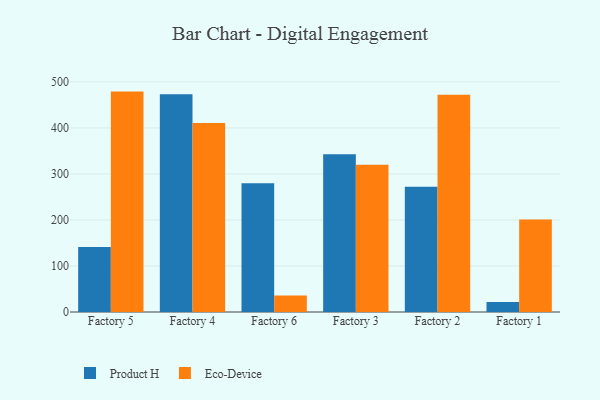
{"axis": {"x": "Factory", "y": "Demand Index"}, "legend": ["Eco-Device", "Product H"], "data": [{"x": "Factory 5", "y": 141.0, "type": "Product H"}, {"x": "Factory 5", "y": 478.9, "type": "Eco-Device"}, {"x": "Factory 4", "y": 473.4, "type": "Product H"}, {"x": "Factory 4", "y": 410.9, "type": "Eco-Device"}, {"x": "Factory 6", "y": 279.7, "type": "Product H"}, {"x": "Factory 6", "y": 35.6, "type": "Eco-Device"}, {"x": "Factory 3", "y": 342.7, "type": "Product H"}, {"x": "Factory 3", "y": 320.0, "type": "Eco-Device"}, {"x": "Factory 2", "y": 272.3, "type": "Product H"}, {"x": "Factory 2", "y": 471.9, "type": "Eco-Device"}, {"x": "Factory 1", "y": 21.7, "type": "Product H"}, {"x": "Factory 1", "y": 201.2, "type": "Eco-Device"}]}